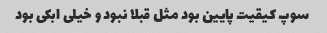
سوپ کیقیت پایین بود مثل قبلا نبود و خیلی ابکی بود